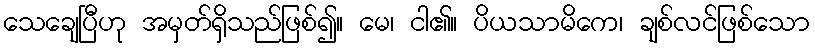
သေချေပြီဟု အမှတ်ရှိသည်ဖြစ်၍။ မေ၊ ငါ၏။ ပိယသာမိကေ၊ ချစ်လင်ဖြစ်သော